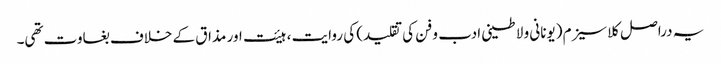
یہ دراصل کلاسیزم (یونانی و لاطینی ادب و فن کی تقلید) کی روایت ، ہیئت اور مذاق کے خلاف بغاوت تھی۔